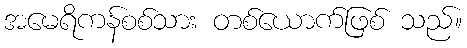
အမေရိကန်စစ်သား တစ်ယောက်ဖြစ် သည်။